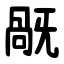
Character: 旤